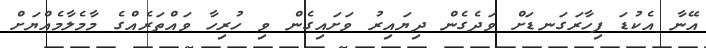
އޭނާ އެކުޑަ ފިހާރަގަނޑަށް ވަދެގެން ދިޔައިރު ވަށައިގެން ވި ހުރިހާ ވައްތަރެއްގެ މާމެލާމެއްޔަށް